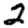
Digit: 2